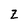
Character: Z